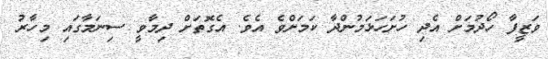
ވަޒީފާ ހޯދުމަށް އެދި ހުށަހަޅަމުންދާ ކަމަށްވެ އެވެ. އެގޮތަށް ދިމާވީ ސިނަމާގައި މިހާރު